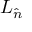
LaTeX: L _ { \hat { n } }